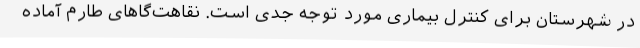
در شهرستان برای کنترل بیماری مورد توجه جدی است. نقاهت‌گاهای طارم آماده